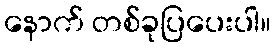
နောက် တစ်ခုပြပေးပါ။